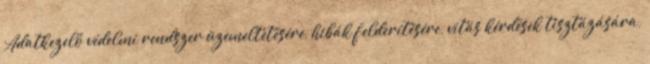
Adatkezelő védelmi rendszer üzemeltetésére, hibák felderítésére, vitás kérdések tisztázására,